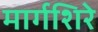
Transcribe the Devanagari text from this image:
मार्गशिरे